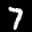
Label: 7